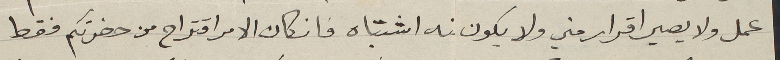
عمل ولا يصير اقرار مني ولا يكون منه اشتباه فان كان الامر اقتراح من حضرتكم فقط